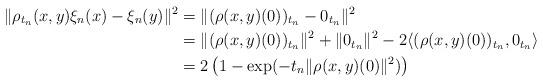
LaTeX: \begin{align*}\Vert \rho_{t_n}(x,y) \xi_n (x) - \xi_n (y) \Vert^2 & = \Vert (\rho(x,y)(0))_{t_n} - 0_{t_n} \Vert^2 & \\& = \Vert (\rho(x,y)(0))_{t_n} \Vert^2 + \Vert 0_{t_n} \Vert^2 - 2 \langle (\rho(x,y)(0))_{t_n}, 0_{t_n} \rangle & \\& = 2 \left(1 - \exp(-t_n \Vert \rho(x,y)(0) \Vert^2) \right) &\end{align*}